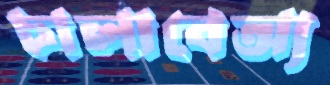
চালাবেঅ্য